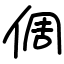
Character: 倜